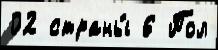
02 страны́ 6 Пол